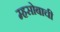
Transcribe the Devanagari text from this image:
म्हसोबाची